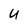
Character: U